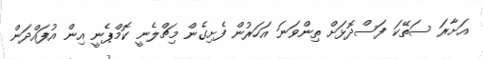
އަށާރަ ސަތޭކަ ފަސްދޮޅަށް ތިންވަނަ އަހަރުން ފެށިގެން މިޗްލެނީ ކޮމްޕެނީ އިން އުފައްދަން